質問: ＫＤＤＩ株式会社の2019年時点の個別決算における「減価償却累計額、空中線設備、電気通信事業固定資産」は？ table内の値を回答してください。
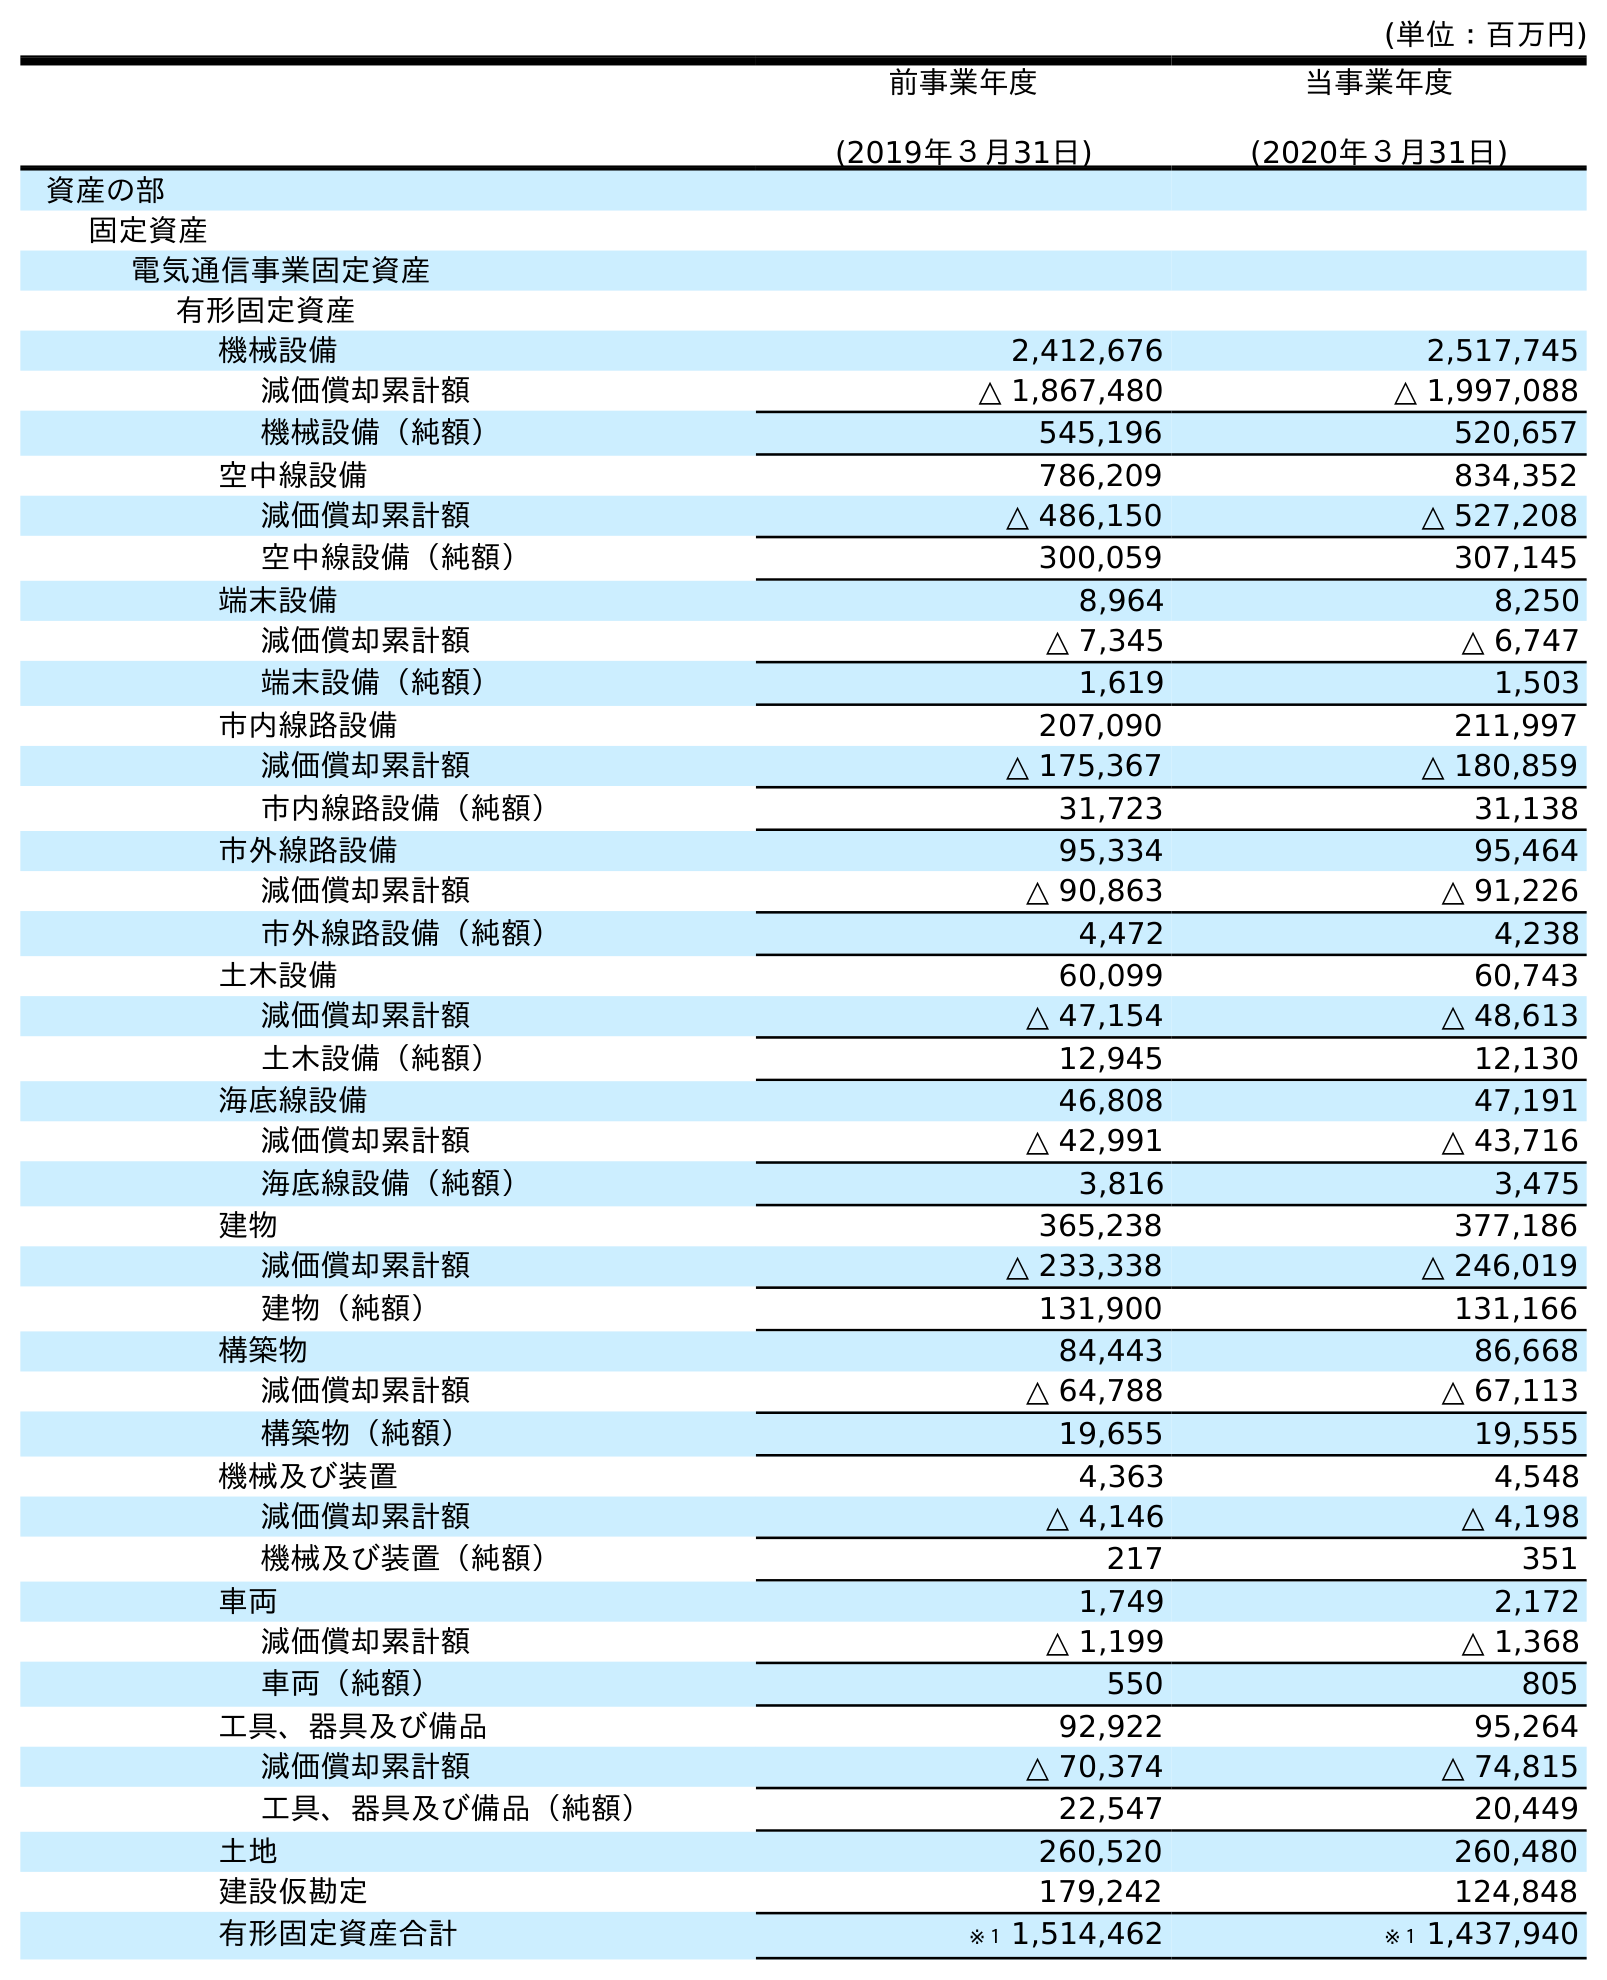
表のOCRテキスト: (単位：百万円) 前事業年度 (2019年３月31日) 当事業年度 (2020年３月31日) 資産の部 固定資産 電気通信事業固定資産 有形固定資産 機械設備 2,412,676 2,517,745 減価償却累計額 △ 1,867,480 △ 1,997,088 機械設備（純額） 545,196 520,657 空中線設備 786,209 834,352 減価償却累計額 △ 486,150 △ 527,208 空中線設備（純額） 300,059 307,145 端末設備 8,964 8,250 減価償却累計額 △ 7,345 △ 6,747 端末設備（純額） 1,619 1,503 市内線路設備 207,090 211,997 減価償却累計額 △ 175,367 △ 180,859 市内線路設備（純額） 31,723 31,138 市外線路設備 95,334 95,464 減価償却累計額 △ 90,863 △ 91,226 市外線路設備（純額） 4,472 4,238 土木設備 60,099 60,743 減価償却累計額 △ 47,154 △ 48,613 土木設備（純額） 12,945 12,130 海底線設備 46,808 47,191 減価償却累計額 △ 42,991 △ 43,716 海底線設備（純額） 3,816 3,475 建物 365,238 377,186 減価償却累計額 △ 233,338 △ 246,019 建物（純額） 131,900 131,166 構築物 84,443 86,668 減価償却累計額 △ 64,788 △ 67,113 構築物（純額） 19,655 19,555 機械及び装置 4,363 4,548 減価償却累計額 △ 4,146 △ 4,198 機械及び装置（純額） 217 351 車両 1,749 2,172 減価償却累計額 △ 1,199 △ 1,368 車両（純額） 550 805 工具、器具及び備品 92,922 95,264 減価償却累計額 △ 70,374 △ 74,815 工具、器具及び備品（純額） 22,547 20,449 土地 260,520 260,480 建設仮勘定 179,242 124,848 有形固定資産合計 ※１ 1,514,462 ※１ 1,437,940
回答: △486,150